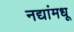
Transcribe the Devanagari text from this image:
नद्यांमधू